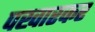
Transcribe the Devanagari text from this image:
पखारकर